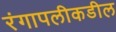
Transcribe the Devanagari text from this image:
रंगापलीकडील